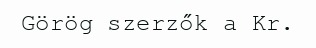
Görög szerzők a Kr.